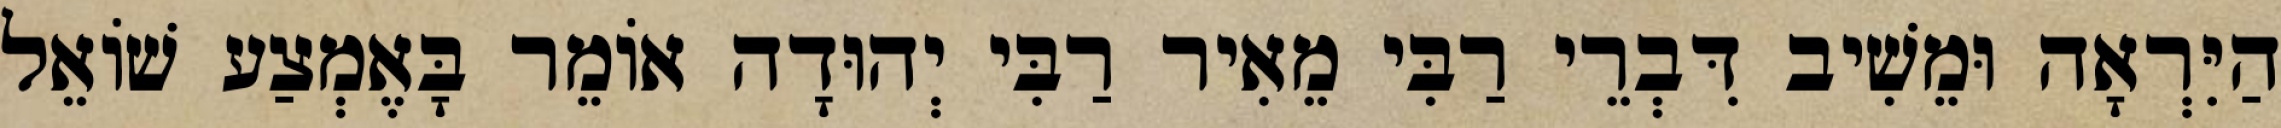
הַיִּרְאָה וּמֵשִׁיב דִּבְרֵי רַבִּי מֵאִיר רַבִּי יְהוּדָה אוֹמֵר בָּאֶמְצַע שׁוֹאֵל